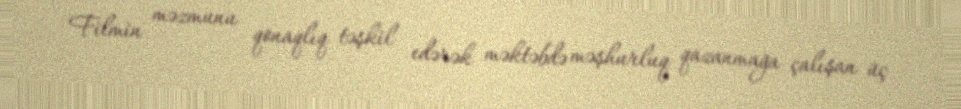
Filmin məzmunu qonaqlıq təşkil edərək məktəbdə məşhurluq qazanmağa çalışan üç